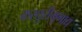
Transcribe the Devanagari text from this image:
कस्तुरीमृगाद्य